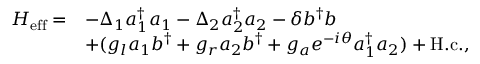
\begin{array} { r l } { H _ { \mathrm { e f f } } = } & { - \Delta _ { 1 } a _ { 1 } ^ { \dagger } a _ { 1 } - \Delta _ { 2 } a _ { 2 } ^ { \dagger } a _ { 2 } - \delta b ^ { \dagger } b } \\ & { + ( g _ { l } a _ { 1 } b ^ { \dagger } + g _ { r } a _ { 2 } b ^ { \dagger } + g _ { a } e ^ { - i \theta } a _ { 1 } ^ { \dagger } a _ { 2 } ) + \mathrm { H . c . } , } \end{array}